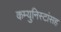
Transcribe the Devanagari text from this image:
कम्युनिस्टांसह